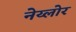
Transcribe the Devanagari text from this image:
नेय्लोर